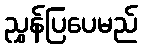
ညွှန်ပြပေမည်